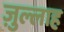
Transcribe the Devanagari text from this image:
ज़ुल्लाह